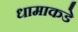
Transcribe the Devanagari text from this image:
धामाकडे